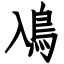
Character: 鳰